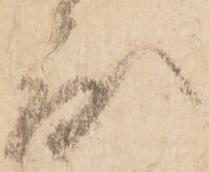
度